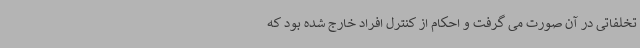
تخلفاتی در آن صورت می گرفت و احکام از کنترل افراد خارج شده بود که